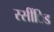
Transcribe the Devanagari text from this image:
स्सींिड